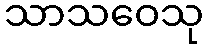
သာသဝေသု